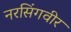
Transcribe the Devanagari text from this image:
नरसिंगवीर